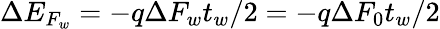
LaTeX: \Delta E_{F_{w}}=-q\Delta F_{w}t_{w}/2=-q\Delta F_{0}t_{w}/2